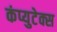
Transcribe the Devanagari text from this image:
कंप्युटेक्स